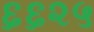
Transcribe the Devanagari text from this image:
६६२५